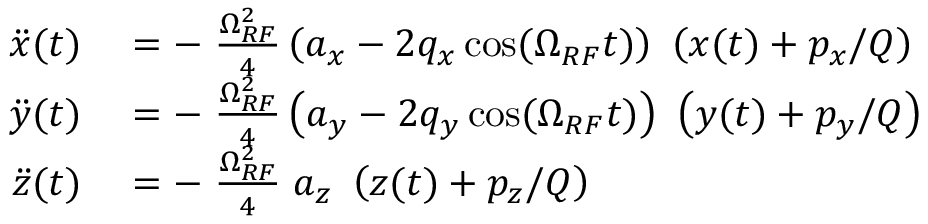
\begin{array} { r l } { \ddot { x } ( t ) } & { { } = - \; \frac { \Omega _ { R F } ^ { 2 } } { 4 } \left( a _ { x } - 2 q _ { x } \cos ( \Omega _ { R F } t ) \right) \ \left( x ( t ) + p _ { x } / Q \right) } \\ { \ddot { y } ( t ) } & { { } = - \; \frac { \Omega _ { R F } ^ { 2 } } { 4 } \left( a _ { y } - 2 q _ { y } \cos ( \Omega _ { R F } t ) \right) \ \left( y ( t ) + p _ { y } / Q \right) } \\ { \ddot { z } ( t ) } & { { } = - \; \frac { \Omega _ { R F } ^ { 2 } } { 4 } \; a _ { z } \ \left( z ( t ) + p _ { z } / Q \right) } \end{array}